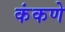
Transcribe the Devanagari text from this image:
कंकणे